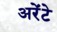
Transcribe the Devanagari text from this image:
अरेंटे